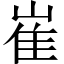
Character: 崔